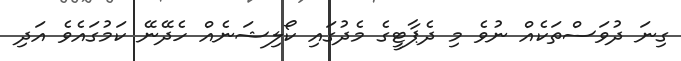
ގިނަ ދުވަސްތަކެއް ނުވެ މި ދެޕާޓީގެ މެދުގައި ކޯލިޝަނެއް ހެދޭނޭ ކަމުގައެވެ އަދި